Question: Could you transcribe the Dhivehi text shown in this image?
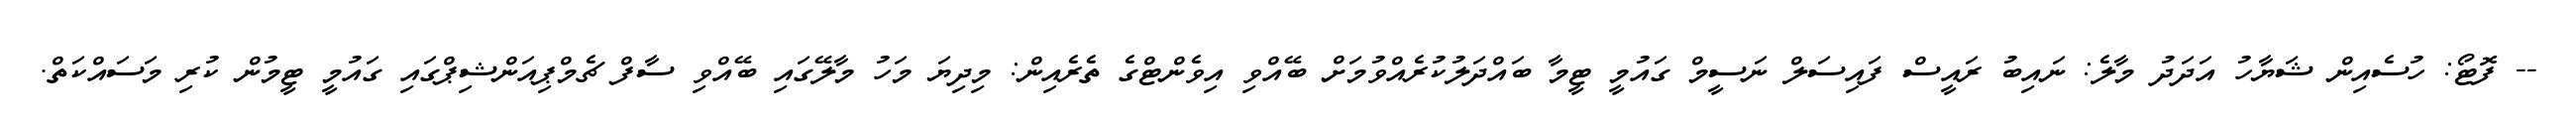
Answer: -- ފޮޓޯ: ހުސެއިން ޝަޔާހު އަދަދު މާލެ: ނައިބު ރައީސް ފައިސަލް ނަސީމް ގައުމީ ޓީމާ ބައްދަލުކުރެއްވުމަށް ބޭއްވި އިވެންޓްގެ ތެރެއިން: މިދިޔަ މަހު މާލޭގައި ބޭއްވި ސާފް ޗެމްޕިއަންޝިޕްގައި ގައުމީ ޓީމުން ކުރި މަސައްކަތް.